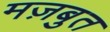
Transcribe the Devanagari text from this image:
मज़बुत